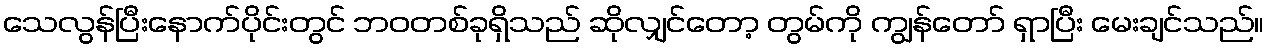
သေလွန်ပြီးနောက်ပိုင်းတွင် ဘဝတစ်ခုရှိသည် ဆိုလျှင်တော့ တွမ်ကို ကျွန်တော် ရှာပြီး မေးချင်သည်။